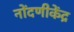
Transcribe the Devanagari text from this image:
नोंदणीकेंद्र